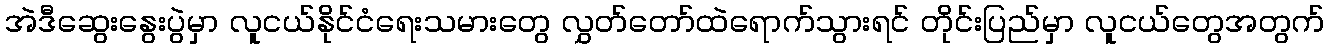
အဲဒီဆွေးနွေးပွဲမှာ လူငယ်နိုင်ငံရေးသမားတွေ လွှတ်တော်ထဲရောက်သွားရင် တိုင်းပြည်မှာ လူငယ်တွေအတွက်